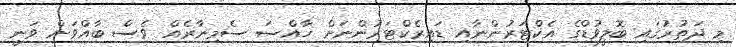
މި ދަތުރުގައި ބޮލީވުޑްގެ އެކްޓަރުންނާއި ޑައިރެކްޓަރުންނަށް ޚާއްސަ ސެމިނާރެއް ވެސް ބާއްވަން ވަނީ